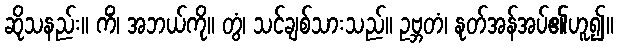
ဆိုသနည်း။ ကိံ၊ အဘယ်ကို။ တွံ၊ သင်ချစ်သားသည်။ ဥဗ္ဘတံ၊ နုတ်အန်အပ်၏ဟူ၍။